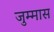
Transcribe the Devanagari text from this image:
जुम्मास